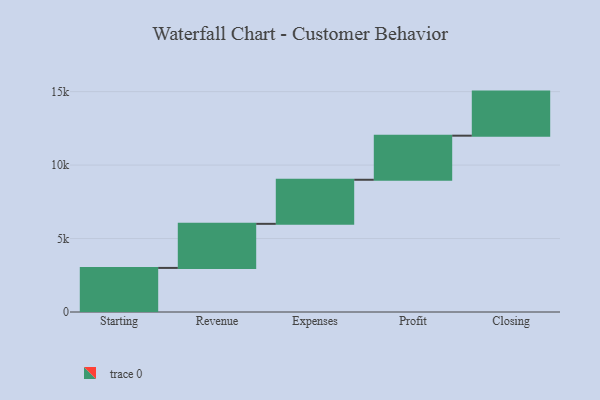
{"axis": {"x": "Step", "y": "Value"}, "legend": [""], "data": [{"x": "Starting", "y": 3000, "type": ""}, {"x": "Revenue", "y": 3000, "type": ""}, {"x": "Expenses", "y": 3000, "type": ""}, {"x": "Profit", "y": 3000, "type": ""}, {"x": "Closing", "y": 3000, "type": ""}]}